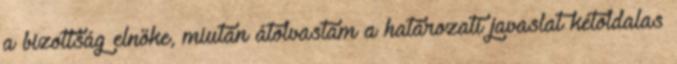
a bizottság elnöke, miután átolvastam a határozati javaslat kétoldalas